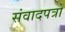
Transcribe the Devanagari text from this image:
संवादपत्रों